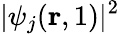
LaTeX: |\psi_{j}({\mathbf r},1)|^{2}